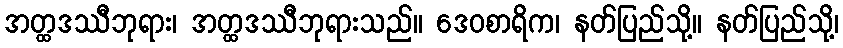
အတ္ထဒဿီဘုရား၊ အတ္ထဒဿီဘုရားသည်။ ဒေဝစာရိက၊ နတ်ပြည်သို့။ နတ်ပြည်သို့၊